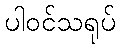
ပါဝင်သရုပ်